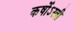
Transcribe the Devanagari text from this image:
कर्षोऽस्त्री